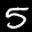
Label: 5